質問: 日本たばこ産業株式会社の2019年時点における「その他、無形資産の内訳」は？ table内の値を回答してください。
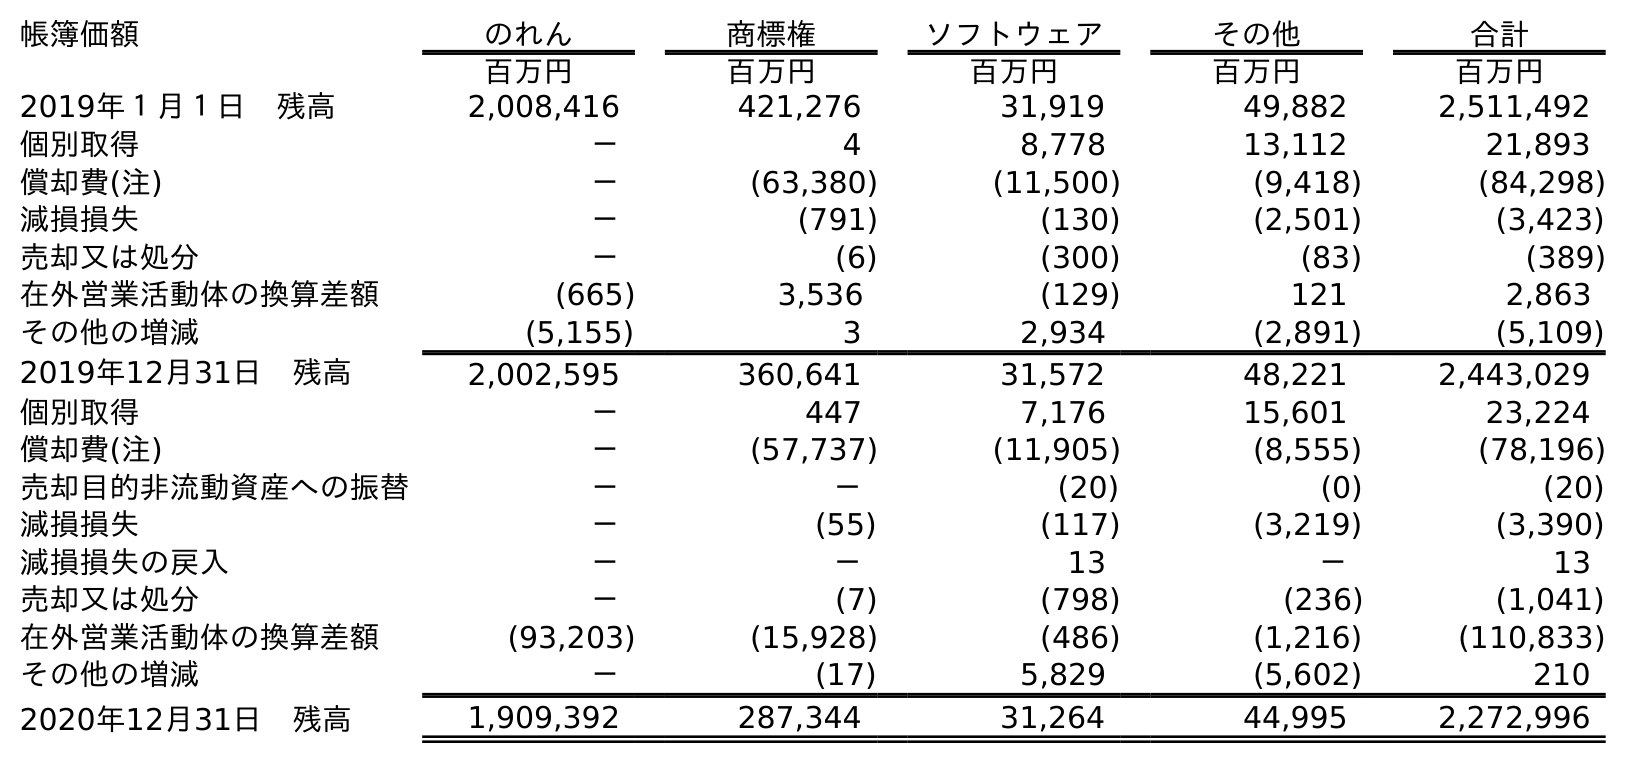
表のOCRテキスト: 帳簿価額 のれん 商標権 ソフトウェア その他 合計 百万円 百万円 百万円 百万円 百万円 2019年１月１日 残高 2,008,416 421,276 31,919 49,882 2,511,492 個別取得 － 4 8,778 13,112 21,893 償却費(注) － (63,380) (11,500) (9,418) (84,298) 減損損失 － (791) (130) (2,501) (3,423) 売却又は処分 － (6) (300) (83) (389) 在外営業活動体の換算差額 (665) 3,536 (129) 121 2,863 その他の増減 (5,155) 3 2,934 (2,891) (5,109) 2019年12月31日 残高 2,002,595 360,641 31,572 48,221 2,443,029 個別取得 － 447 7,176 15,601 23,224 償却費(注) － (57,737) (11,905) (8,555) (78,196) 売却目的非流動資産への振替 － － (20) (0) (20) 減損損失 － (55) (117) (3,219) (3,390) 減損損失の戻入 － － 13 － 13 売却又は処分 － (7) (798) (236) (1,041) 在外営業活動体の換算差額 (93,203) (15,928) (486) (1,216) (110,833) その他の増減 － (17) 5,829 (5,602) 210 2020年12月31日 残高 1,909,392 287,344 31,264 44,995 2,272,996
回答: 48,221